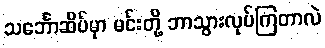
သင်္ဘောဆိပ်မှာ မင်းတို့ ဘာသွားလုပ်ကြတာလဲ